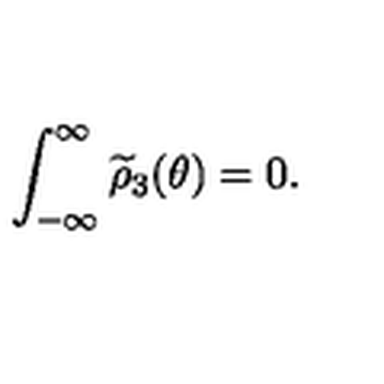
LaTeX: \int _ { - \infty } ^ { \infty } \widetilde { \rho } _ { 3 } ( \theta ) = 0 .